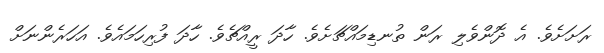
ރަށަށެވެ. އެ ދޮންވެލި ރަން ތުނޑިމައްޗަށެވެ. ހާދަ ރީއްޗެވެ. ހާދަ ފުރިހަމައެވެ. އަހަރެންނަށް